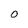
Character: O